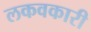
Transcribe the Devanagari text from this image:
लकवकारी